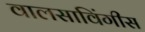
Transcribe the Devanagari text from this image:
वालसाविंगीस